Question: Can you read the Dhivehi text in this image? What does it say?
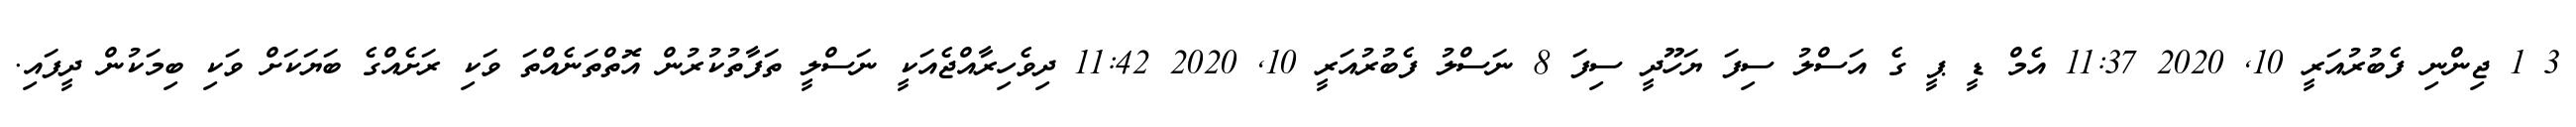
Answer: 3 1 ޖިންނި ފެބުރުއަރީ 10, 2020 11:37 އެމް ޑީ ޕީ ގެ އަސްލު ސިފަ ޔަހޫދީ ސިފަ 8 ނަސްލު ފެބުރުއަރީ 10, 2020 11:42 ދިވެހިރާއްޖެއަކީ ނަސްލީ ތަފާތުކުރުން އޮތްތަނެއްތަ ވަކި ރަށެއްގެ ބަޔަކަށް ވަކި ބިމަކުން ދީފައި.